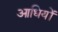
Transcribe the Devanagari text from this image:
आधियों